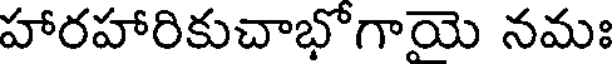
హారహారికుచాభోగాయె నమః